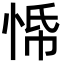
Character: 𭝀